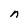
Character: n